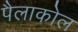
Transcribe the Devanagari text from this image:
पैलाकोल